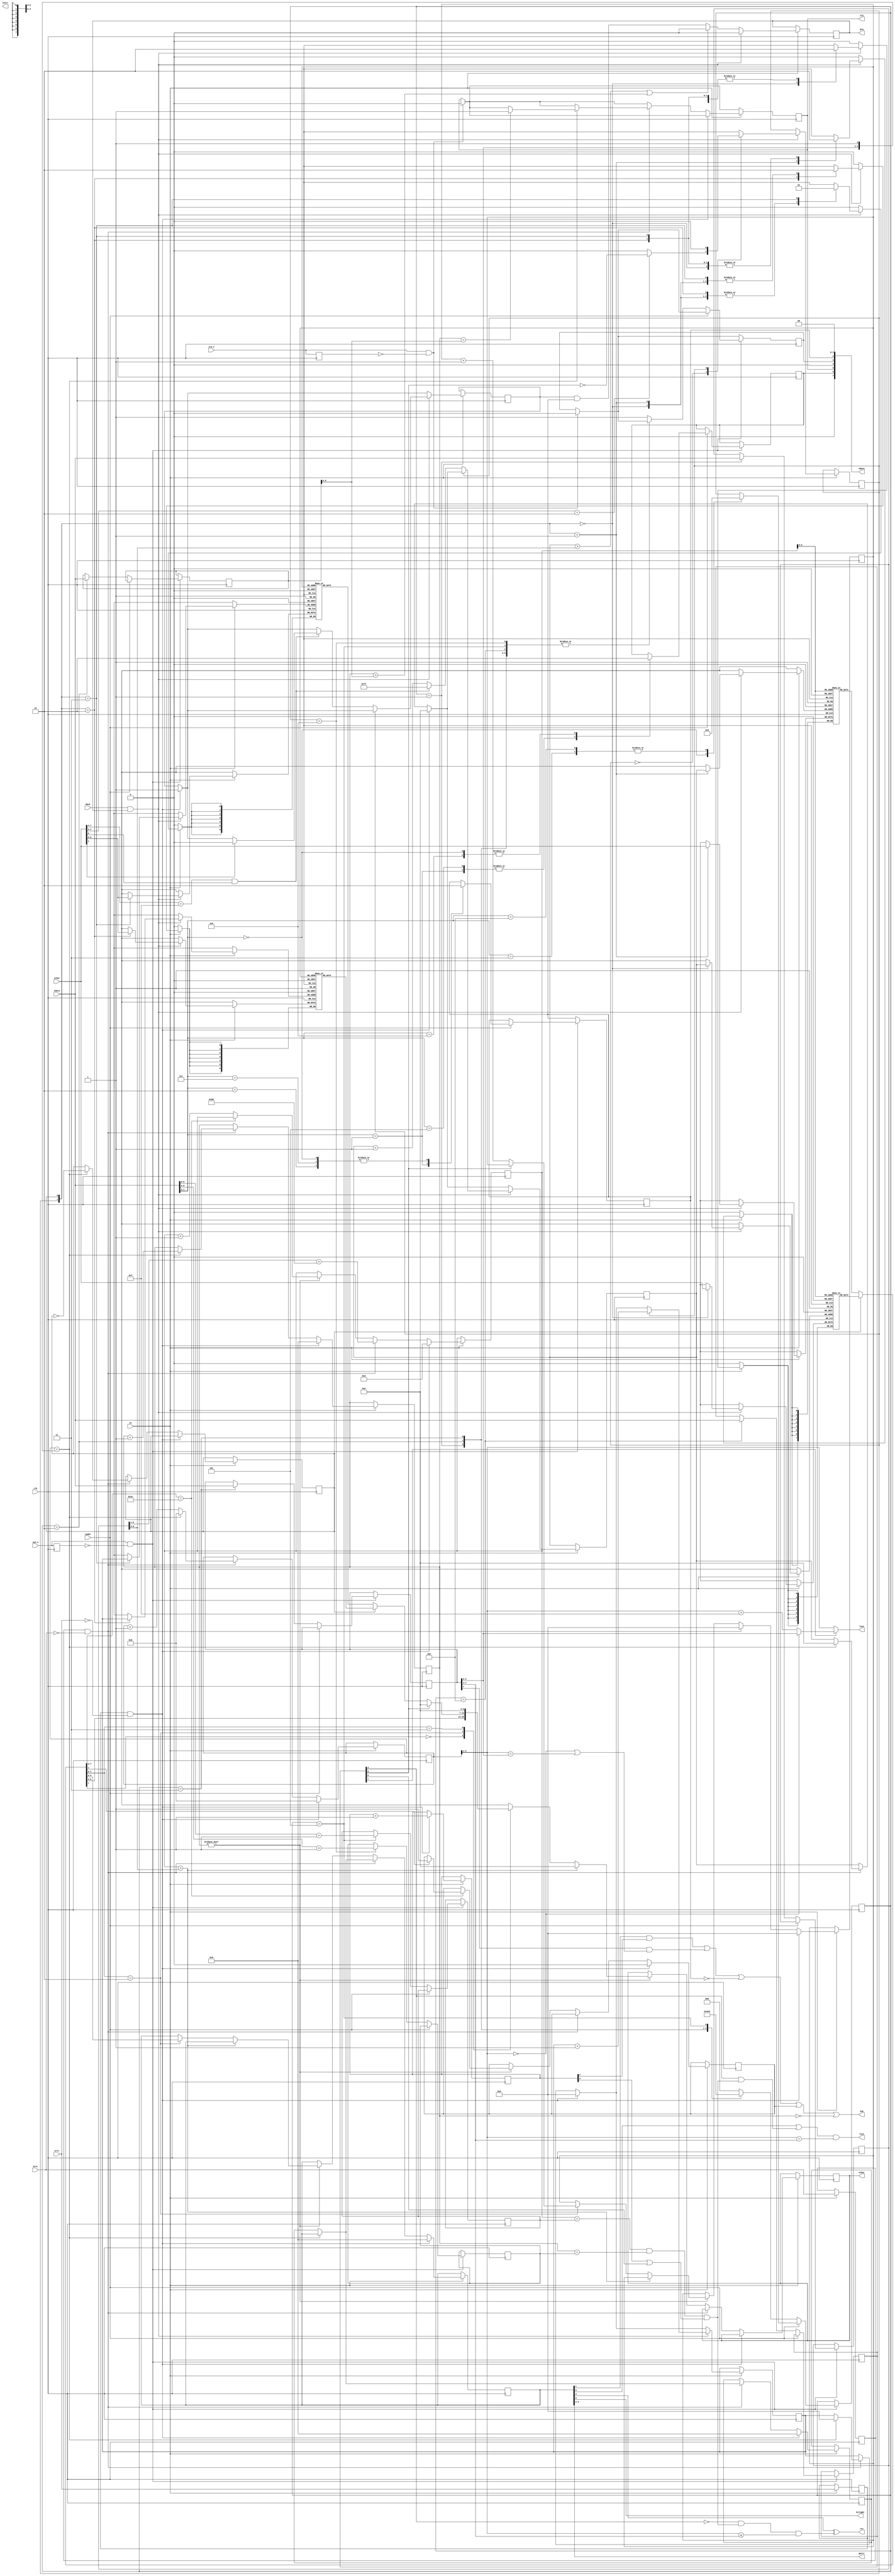
module k580wg75(
	input clk,
	input ce,
	input iaddr,
	input[7:0] idata,
	input iwe_n,
	input ird_n,
	input vrtc,
	input hrtc,
	input dack,
	input[7:0] ichar,
	output reg drq,
	output reg irq,
	output[7:0] odata,
	output[3:0] line,
	output reg[6:0] ochar,
	output lten,
	output vsp,
	output rvv,
	output hilight,
	output[1:0] lattr,
	output[1:0] gattr );

reg[7:0] init0;
reg[7:0] init1;
reg[7:0] init2;
reg[7:0] init3;
reg enable,inte,dmae;
reg[2:0] dmadelay;
reg[1:0] dmalen;
reg[6:0] curx;
reg[5:0] cury;

wire[6:0] maxx = init0[6:0];
wire[5:0] maxy = init1[5:0];
wire[3:0] underline  = init2[7:4];
wire[3:0] charheight = init2[3:0];
wire linemode = init3[7];
wire fillattr = init3[6]; // 0 - transparent, 1 - normal fill
wire curblink = init3[5]; // 0 - blink
wire curtype  = init3[4]; // 0 - block, 1 - underline

reg[4:0] chline;
reg[5:0] attr;
reg[5:0] exattr;
reg[3:0] iposf;
reg[3:0] oposf;
reg[6:0] ipos;
reg[7:0] opos;
reg[5:0] ypos;
reg[4:0] frame;
reg lineff,exwe_n,exrd_n,exvrtc,exhrtc,err,vspfe;
reg[6:0] fifo0[15:0];
reg[6:0] fifo1[15:0];
reg[7:0] buf0[79:0];
reg[7:0] buf1[79:0];
reg[2:0] pstate;
reg istate;

wire vcur = opos=={1'b0,curx} && ypos==cury && (frame[3]|curblink);
wire[7:0] obuf = lineff ? buf0[opos] : buf1[opos];

assign odata = {1'b0,inte,irq,1'b0,err,enable,2'b0};
assign line = linemode==0 ? chline[4:1] : chline[4:1]==0 ? charheight : chline[4:1]+4'b1111;
assign lten = ((attr[5] || (curtype && vcur)) && chline[4:1]==underline);
assign vsp = (attr[1] && frame[4]) || (underline[3]==1'b1 && (chline[4:1]==0||chline[4:1]==charheight)) || !enable || vspfe || ypos==0;
assign rvv = attr[4] ^ (curtype==0 && vcur && chline[4:1]<=underline);
assign gattr = attr[3:2];
assign hilight = attr[0];

always @(posedge clk) begin
	exwe_n <= iwe_n; exrd_n <= ird_n;
	if (ird_n & ~exrd_n) begin
		irq <= 0; err <= 0;
	end
	if (iwe_n & ~exwe_n) begin
		if (iaddr) begin
			case (idata[7:5])
			3'b000: {enable,inte,pstate} <= 5'b00001;
			3'b001: {enable,inte,dmadelay,dmalen} <= {2'b11,idata[4:0]};
			3'b010: enable <= 0;
			3'b011: pstate <= 3'b101;
			3'b100: pstate <= 3'b101;
			3'b101: inte <= 1'b1;
			3'b110: inte <= 1'b0;
			3'b111: enable <= 0; // to do
			endcase
		end else begin
			case (pstate)
			3'b001: {init0,pstate} <= {idata,3'b010};
			3'b010: {init1,pstate} <= {idata,3'b011};
			3'b011: {init2,pstate} <= {idata,3'b100};
			3'b100: {init3,pstate} <= {idata,3'b000};
			3'b101: {curx,pstate} <= {idata[6:0]+1'b1,3'b110};
			3'b110: {cury,pstate} <= {idata[5:0]+1'b1,3'b000};
			default: {err,pstate} <= 4'b1000;
			endcase
		end
	end
	if (ce) begin
		exvrtc <= vrtc; exhrtc <= hrtc;
		if (exvrtc & ~vrtc) begin
			chline <= 0; ypos <= 0; dmae <= 1'b1; vspfe <= 0;
			iposf <= 0; ipos <= 0; oposf <= 0; opos <= 0;
			attr <= 0; exattr <= 0; frame <= frame + 1'b1;
		end else
		if (exhrtc & ~hrtc) begin
			if (chline=={charheight,1'b1}) begin
				chline <= 0; lineff <= ~lineff;
				exattr <= attr; iposf <= 0; ipos <= 0;
				ypos <= ypos + 1'b1;
				if (ypos==maxy) irq <= 1'b1;
			end else begin
				chline <= chline + 1'b1;
				attr <= exattr;
			end
			oposf <= 0; opos <= {2'b0,maxx[6:1]}+8'hD0;
		end else if (ypos!=0) begin
			if (obuf[7:2]==6'b111100) begin
				if (obuf[1]) vspfe <= 1'b1;
			end else
				opos <= opos + 1'b1;
			if (opos > maxx)
				ochar <= 0;
			else begin
				casex (obuf[7:6])
				2'b0x: ochar <= obuf[6:0];
				2'b10: begin
					if (fillattr) begin
						ochar <= 0;
					end else begin
						ochar <= lineff ? fifo0[oposf] : fifo1[oposf];
						oposf <= oposf + 1'b1;
					end
					attr <= obuf[5:0];
				end
				2'b11: ochar <= 0;
				endcase
			end
		end
		if (dack && drq) begin
			drq <= 0;
			case (istate)
			1'b0: begin
				if (ichar[7:4]==4'b1111 && ichar[0]==1'b1) begin
					ipos <= 7'h7F;
					if (ichar[1]==1'b1) dmae <= 0;
				end else begin
					ipos <= ipos + 1'b1;
				end
				istate <= ichar[7:6]==2'b10 ? ~fillattr : 1'b0;
			end
			1'b1: begin
				iposf <= iposf + 1'b1;
				istate <= 0;
			end
			endcase
			case ({istate,lineff})
			2'b00: buf0[ipos] <= ichar;
			2'b01: buf1[ipos] <= ichar;
			2'b10: fifo0[iposf] <= ichar[6:0];
			2'b11: fifo1[iposf] <= ichar[6:0];
			endcase
		end else begin
			drq <= ipos > maxx || ypos > maxy ? 1'b0 : dmae&enable;
		end
	end
end

endmodule